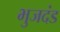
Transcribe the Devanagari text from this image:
भुजदंड